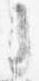
之